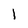
Character: 1